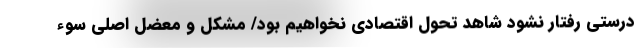
درستی رفتار نشود شاهد تحول اقتصادی نخواهیم بود/ مشکل و معضل اصلی سوء